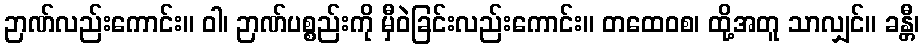
ဉာဏ်လည်းကောင်း။ ဝါ၊ ဉာဏ်ပစ္စည်းကို မှီဝဲခြင်းလည်းကောင်း။ တထေဝစ၊ ထို့အတူ သာလျှင်။ ခန္တီ၊